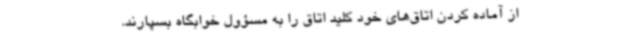
از آماده کردن اتاق‌های خود کلید اتاق را به مسؤول خوابگاه بسپارند.